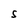
Character: S